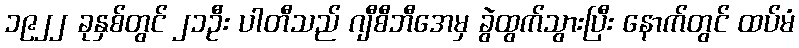
၁၉၂၂ ခုနှစ်တွင် ၂၁ဦး ပါတီသည် ဂျီစီဘီအေမှ ခွဲထွက်သွားပြီး နောက်တွင် ထပ်မံ